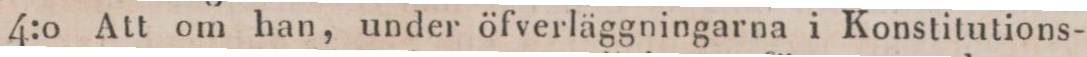
4:0 Att om han, under öfverläggningarna i Konstitutions-